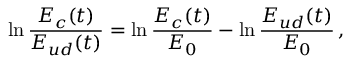
\ln \frac { E _ { c } ( t ) } { E _ { u d } ( t ) } = \ln \frac { E _ { c } ( t ) } { E _ { 0 } } - \ln \frac { E _ { u d } ( t ) } { E _ { 0 } } \, ,